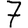
Digit: 7